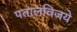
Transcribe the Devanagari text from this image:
पतालविजये